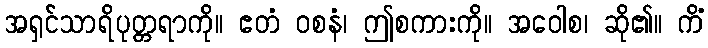
အရှင်သာရိပုတ္တရာကို။ ဧတံ ဝစနံ၊ ဤစကားကို။ အဝေါစ၊ ဆို၏။ ကိံ